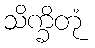
သိက္ခိတုံ